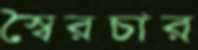
স্বৈরচার